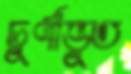
চূর্ণীভূত